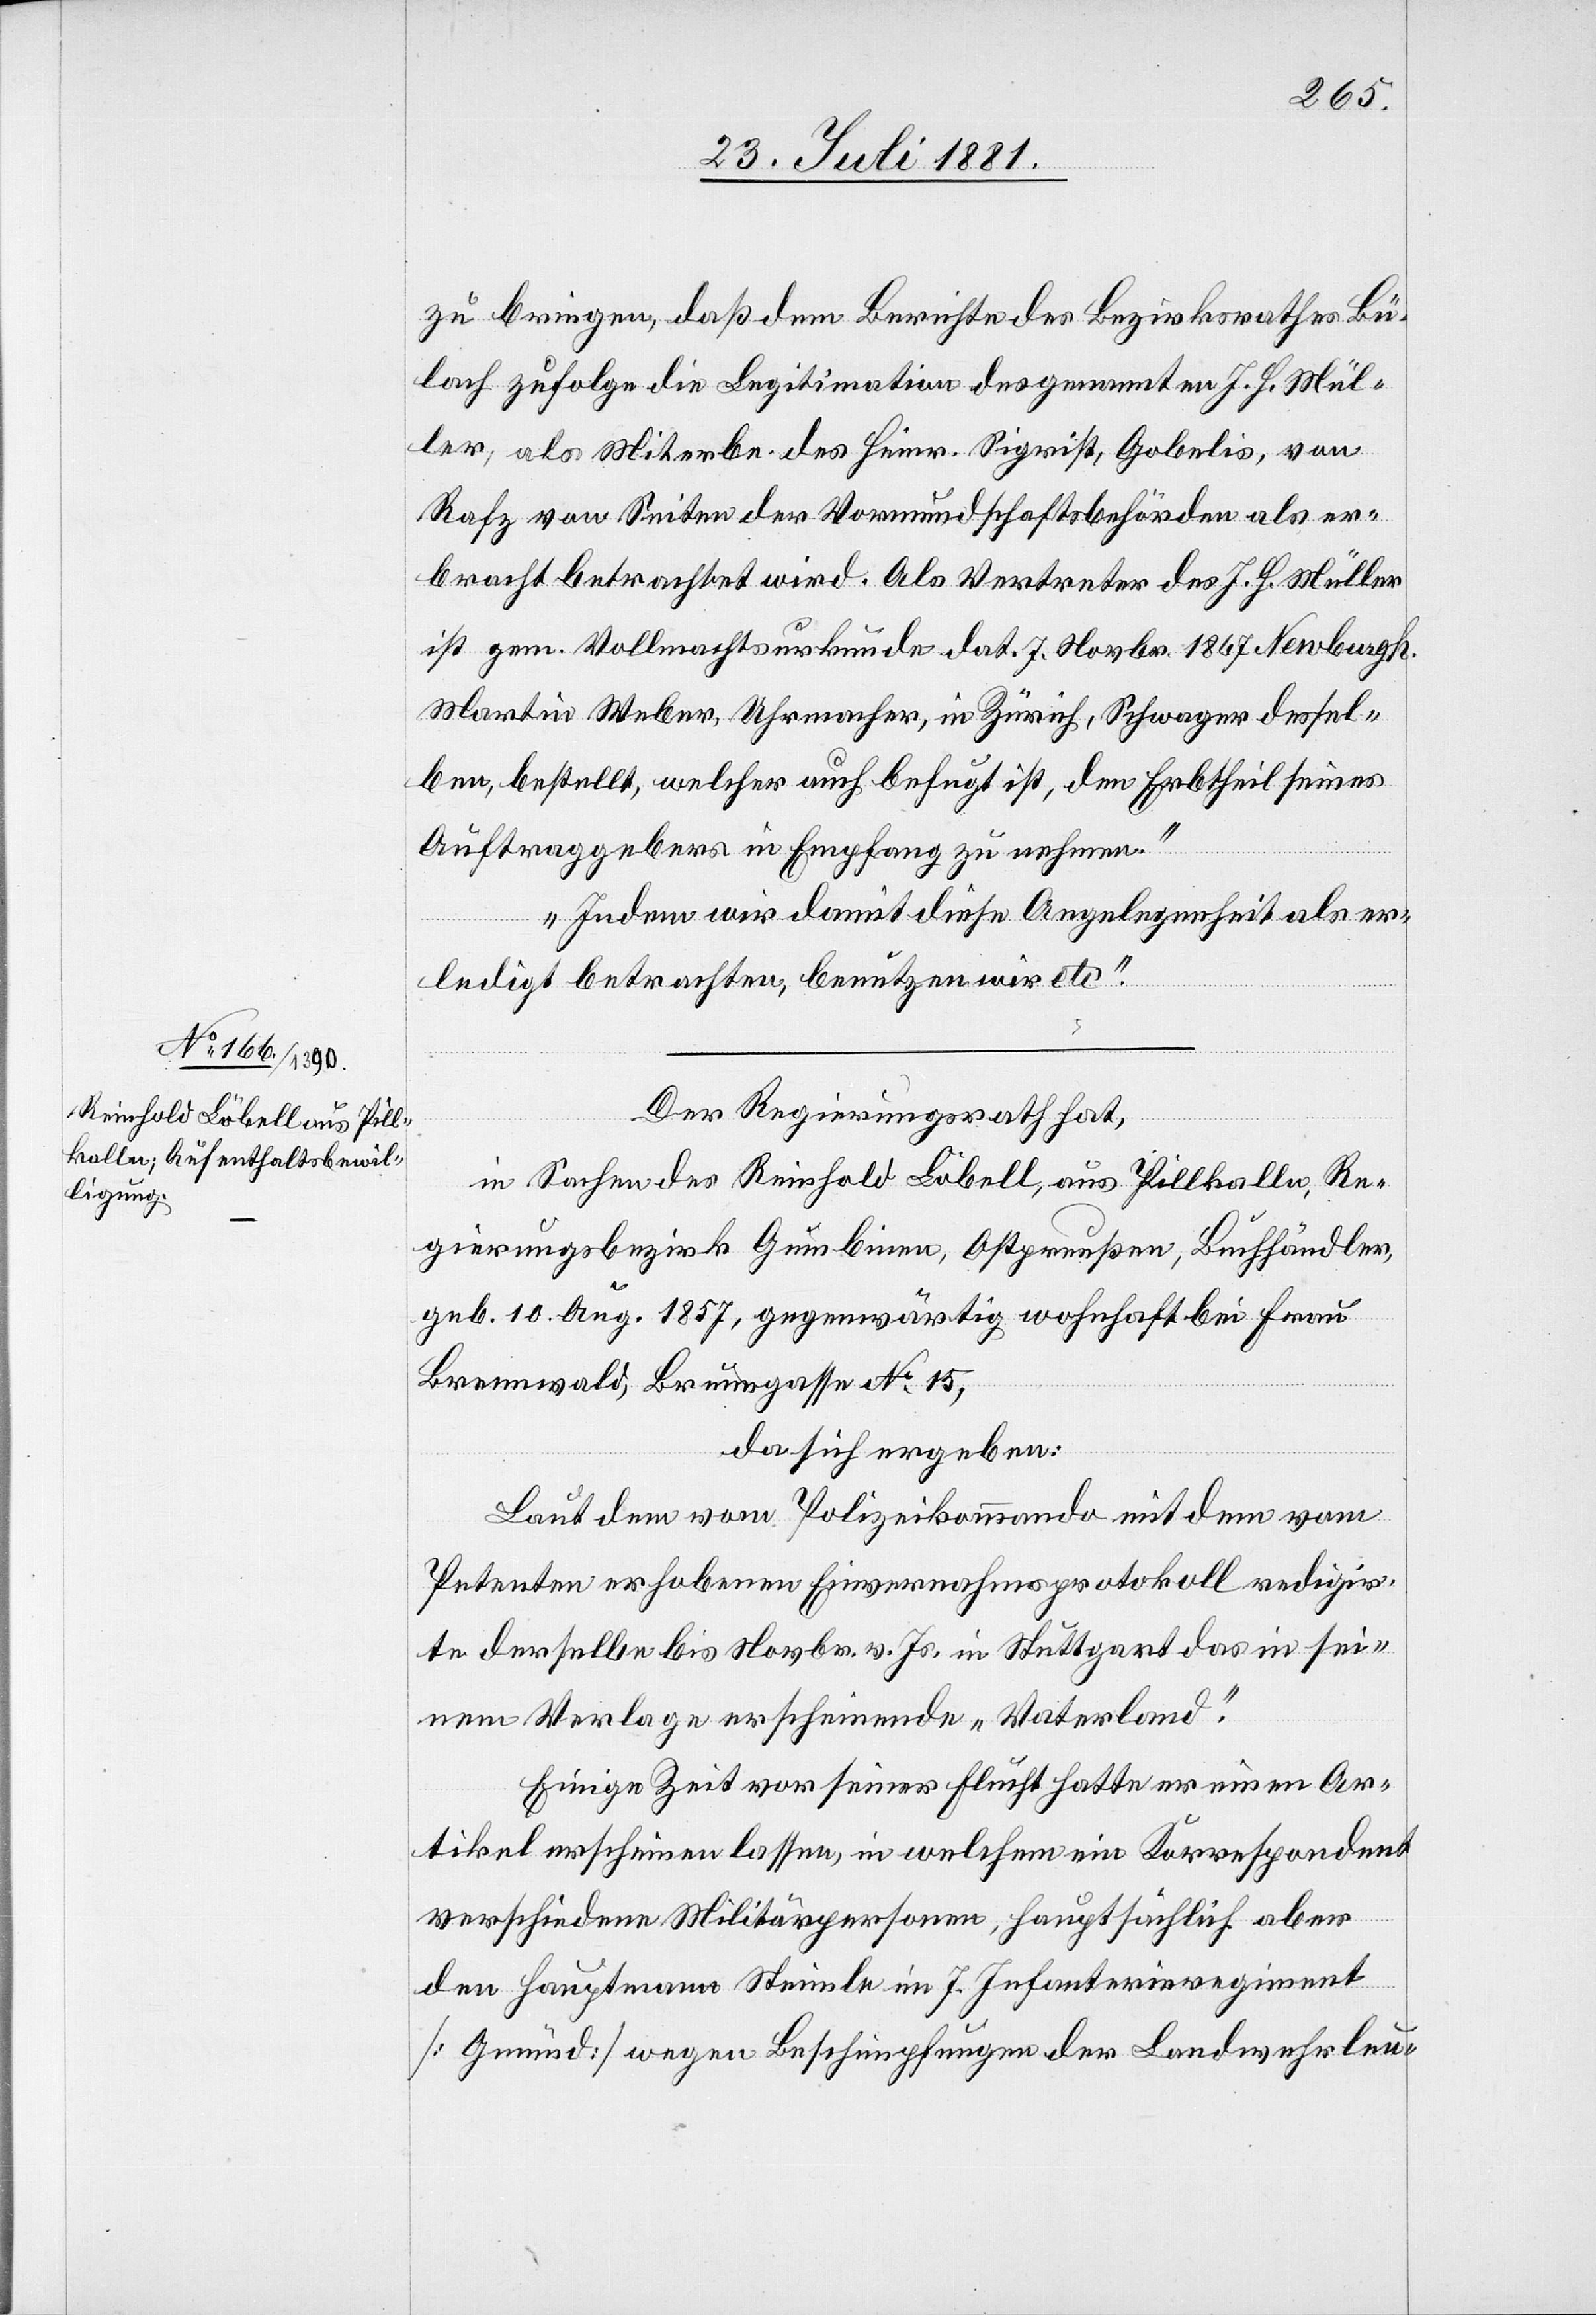
zu bringen, daß dem Berichte des Bezirksrathes Bü¬
lach zufolge die Legitimation des genannten J. H. Mül¬
ler, als Miterbe des Heinr. Sigrist, Gobelis, von
Rafz von Seiten der Vormundschaftsbehörden als er¬
bracht betrachtet wird. Als Vertreter des J. H. Müller
ist gem. Vollmachtsurkunde dat. 7. Novbr. 1867 Newburgh
Martin Weber, Uhrmacher, in Zürich, Schwager dessel¬
ben, bestellt, welcher auch befugt ist, den Erbtheil seines
Auftraggebers in Empfang zu nehmen.
Indem wir damit diese Angelegenheit als er¬
ledigt betrachten, benützen wir etc.“
Der Regierungsrath hat,
in Sachen des Reinhold Löbell, aus Pillkalle, Re¬
gierungsbezirk Gumbinnen,Ostpreußen, Buchhändler,
geb. 10. Aug. 1857, gegenwärtig wohnhaft bei Frau
Bremwald, Brunngasse No 15,
da sich ergeben:
Laut dem vom Polizeikommando mit dem von
Petenten erhobenen Einvernahmsprotokoll redigir¬
te derselbe bis Novbr. v. Js. in Stuttgart das in sei¬
nem Verlage erscheinende „Vaterland“.
Einige Zeit vor seiner Flucht hatte er einen Ar¬
tikel erscheinen lassen, in welchem ein Korrespondent
verschiedene Militärpersonen, hauptsächlich aber
den Hauptmann Steimle im 7. Infanterieregiment
[Gmünd] wegen Beschimpfungen der Landwehrleu-